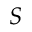
S